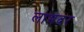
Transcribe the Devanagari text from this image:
लाभदर